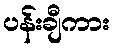
ပန်းချီကား